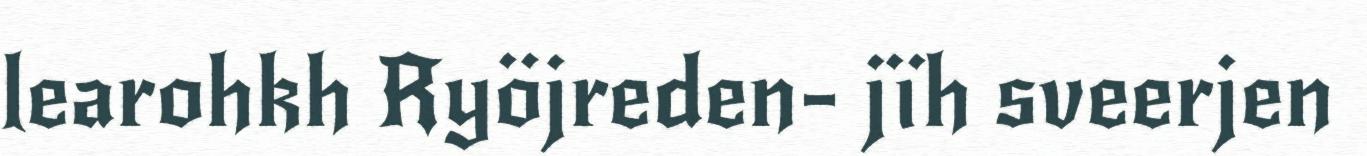
learohkh Ryöjreden- jïh sveerjen